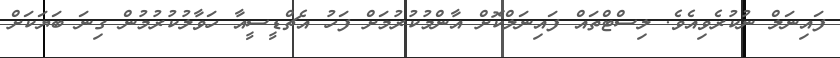
ފައިނަލް ނުކުރެވިއެވެ. ލިސްޓްތައް ފައިނަލްކޮށް އާންމުކުރުމަށް ފަހު އެޗްޑީސީއާ ހަވާލުކުރުމުން ގިނަ ބަޔަކަށް